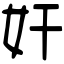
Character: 奸